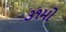
૩૧મો